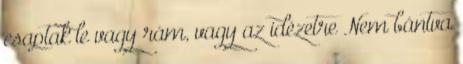
csaptak le vagy rám, vagy az idézetre Nem bántva